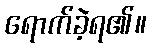
ရောက်ခဲ့ရ၏။